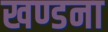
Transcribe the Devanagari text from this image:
खण्डना